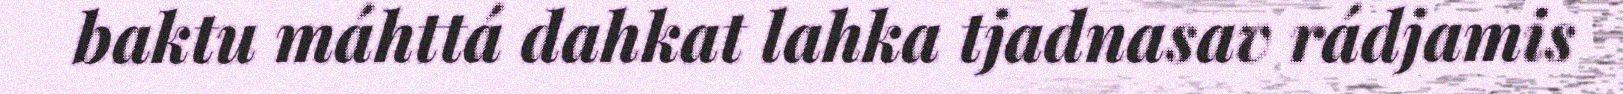
baktu máhttá dahkat lahka tjadnasav rádjamis